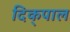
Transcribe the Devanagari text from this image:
दिक्‌पाल